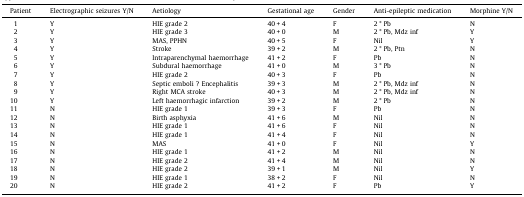
| Patient | Electrographic seizures Y/N | Aetiology | Gestational age | Gender | Anti-epileptic medication | Morphine Y/N |
 | --- | --- | --- | --- | --- | --- | --- |
 | 1 | Y | HIE grade 2 | 40 + 4 | F | 2 * Pb | N |
 | 2 | Y | HIE grade 3 | 40 + 0 | M | 2 * Pb, Mdz inf | Y |
 | 3 | Y | MAS, PPHN | 40 + 5 | F | Nil | Y |
 | 4 | Y | Stroke | 39 + 2 | M | 2 * Pb, Ptn | N |
 | 5 | Y | Intraparenchymal haemorrhage | 41 + 2 | F | Pb | N |
 | 6 | Y | Subdural haemorrhage | 41 + 0 | M | 3 * Pb | N |
 | 7 | Y | HIE grade 2 | 40 + 3 | F | Pb | N |
 | 8 | Y | Septic emboli ? Encephalitis | 39 + 3 | M | 2 * Pb, Mdz inf | N |
 | 9 | Y | Right MCA stroke | 40 + 3 | M | 2 * Pb, Mdz inf | N |
 | 10 | Y | Left haemorrhagic infarction | 39 + 2 | M | 2 * Pb | N |
 | 11 | N | HIE grade 1 | 39 + 3 | F | Pb | N |
 | 12 | N | Birth asphyxia | 41 + 6 | M | Nil | N |
 | 13 | N | HIE grade 1 | 41 + 6 | F | Nil | N |
 | 14 | N | HIE grade 1 | 41 + 4 | F | Nil | N |
 | 15 | N | MAS | 41 + 0 | F | Nil | Y |
 | 16 | N | HIE grade 1 | 41 + 2 | M | Nil | N |
 | 17 | N | HIE grade 2 | 41 + 4 | M | Nil | N |
 | 18 | N | HIE grade 2 | 39 + 1 | M | Nil | Y |
 | 19 | N | HIE grade 1 | 38 + 2 | F | Nil | N |
 | 20 | N | HIE grade 2 | 41 + 2 | F | Pb | Y |